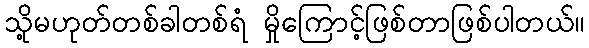
သို့မဟုတ်တစ်ခါတစ်ရံ မှိုကြောင့်ဖြစ်တာဖြစ်ပါတယ်။